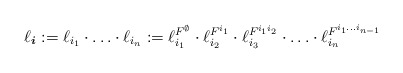
\begin{align*} \ell_{\boldsymbol{i}} := \ell_{i_1}\cdot \ldots \cdot \ell_{i_n} := \ell^{F^\emptyset}_{i_1} \cdot \ell^{F^{i_1}}_{i_2} \cdot \ell^{F^{i_1i_2}}_{i_3} \cdot \ldots \cdot \ell^{F^{i_1\dots i_{n-1}}}_{i_n}\end{align*}